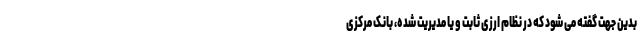
بدین جهت گفته می شود که در نظام ارزی ثابت و یا مدیریت شده، بانک مرکزی